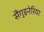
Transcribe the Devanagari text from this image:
सैंगुइनेरिया